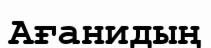
Ағанидың